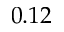
0 . 1 2